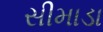
સીમાડા